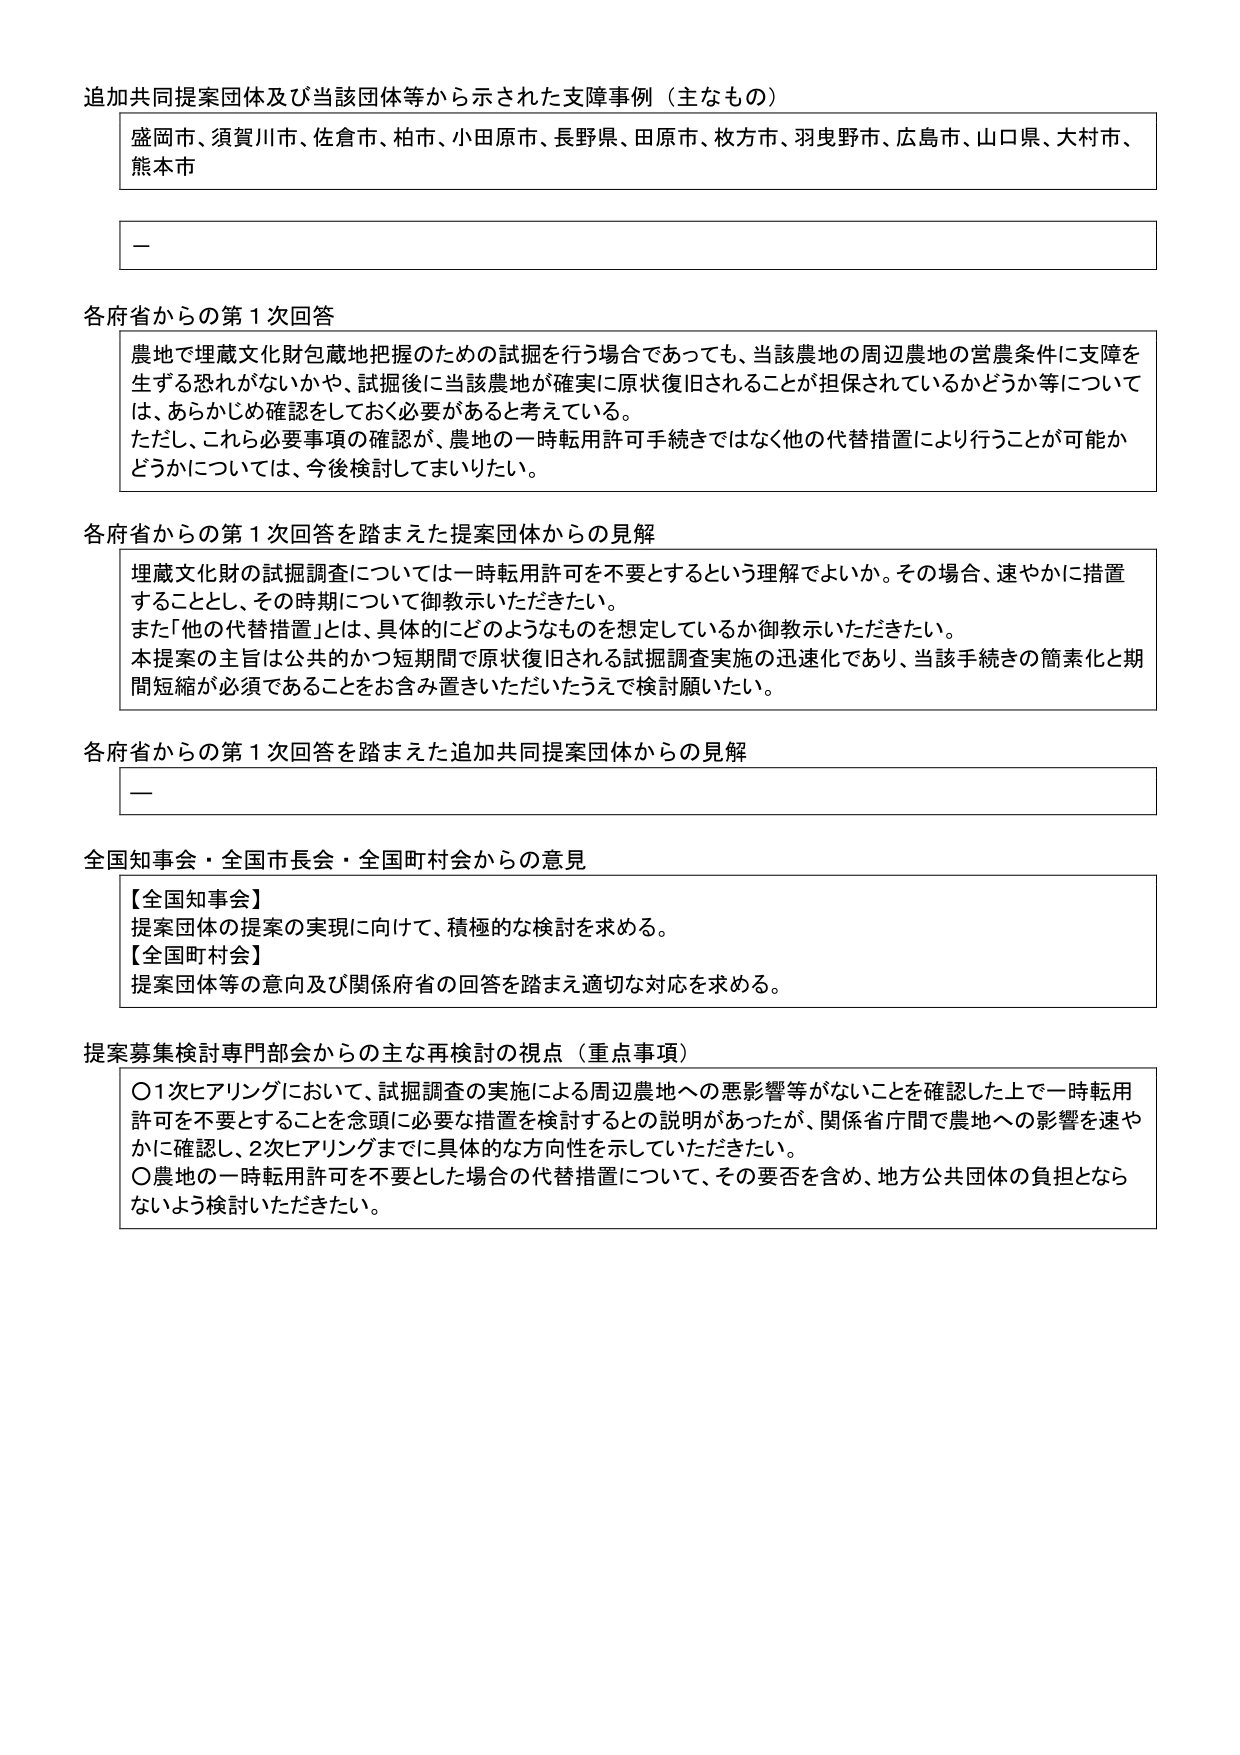
追加共同提案団体及び当該団体等から示された支障事例（主なもの）

盛岡市、須賀川市、佐倉市、柏市、小田原市、長野県、田原市、枚方市、羽曳野市、広島市、山口県、大村市、熊本市

—

各府省からの第１次回答

農地で埋蔵文化財包蔵地把握のための試掘を行う場合であっても、当該農地の周辺農地の営農条件に支障を生ずる恐れがないかや、試掘後に当該農地が確実に原状復旧されることが担保されているかどうか等について は、あらかじめ確認をしておく必要があると考えている。
ただし、これら必要事項の確認が、農地の一時転用許可手続きではなく他の代替措置により行うことが可能かどうかについては、今後検討してまいりたい。

各府省からの第１次回答を踏まえた提案団体からの見解

埋蔵文化財の試掘調査については一時転用許可を不要とするという理解でよいか。その場合、速やかに措置することとし、その時期について御教示いただきたい。
また「他の代替措置」とは、具体的にどのようなものを想定しているか御教示いただきたい。
本提案の主旨は公共的かつ短期間で原状復旧される試掘調査実施の迅速化であり、当該手続きの簡素化と期間短縮が必須であることをお含み置きいただいたうえで検討願いたい。

各府省からの第１次回答を踏まえた追加共同提案団体からの見解

—

全国知事会・全国市長会・全国町村会からの意見

【全国知事会】
提案団体の提案の実現に向けて、積極的な検討を求める。
【全国町村会】
提案団体等の意向及び関係府省の回答を踏まえ適切な対応を求める。

提案募集検討専門部会からの主な再検討の視点（重点事項）

〇１次ヒアリングにおいて、試掘調査の実施による周辺農地への悪影響等がないことを確認した上で一時転用許可を不要とすることを念頭に必要な措置を検討するとの説明があったが、関係省庁間で農地への影響を速やかに確認し、２次ヒアリングまでに具体的な方向性を示していただきたい。
〇農地の一時転用許可を不要とした場合の代替措置について、その要否を含め、地方公共団体の負担とならないよう検討いただきたい。